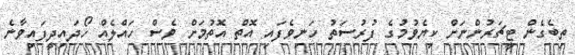
ތިބެގެން ޓީޗަރުންނަށް ކިޔެވުމުގެ ފުރުސަތު ހަނިވެފައި އޮތް އޮތުމަށް ވެސް ހައްލެއް ހޯދައިދީފައިވާނެ